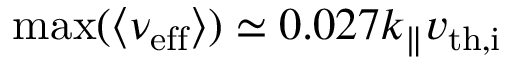
\mathrm { m a x } ( \langle \nu _ { \mathrm { e f f } } \rangle ) \simeq 0 . 0 2 7 k _ { \parallel } v _ { \mathrm { t h , i } }